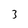
Character: 3